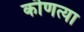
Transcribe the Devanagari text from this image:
कॊणत्या